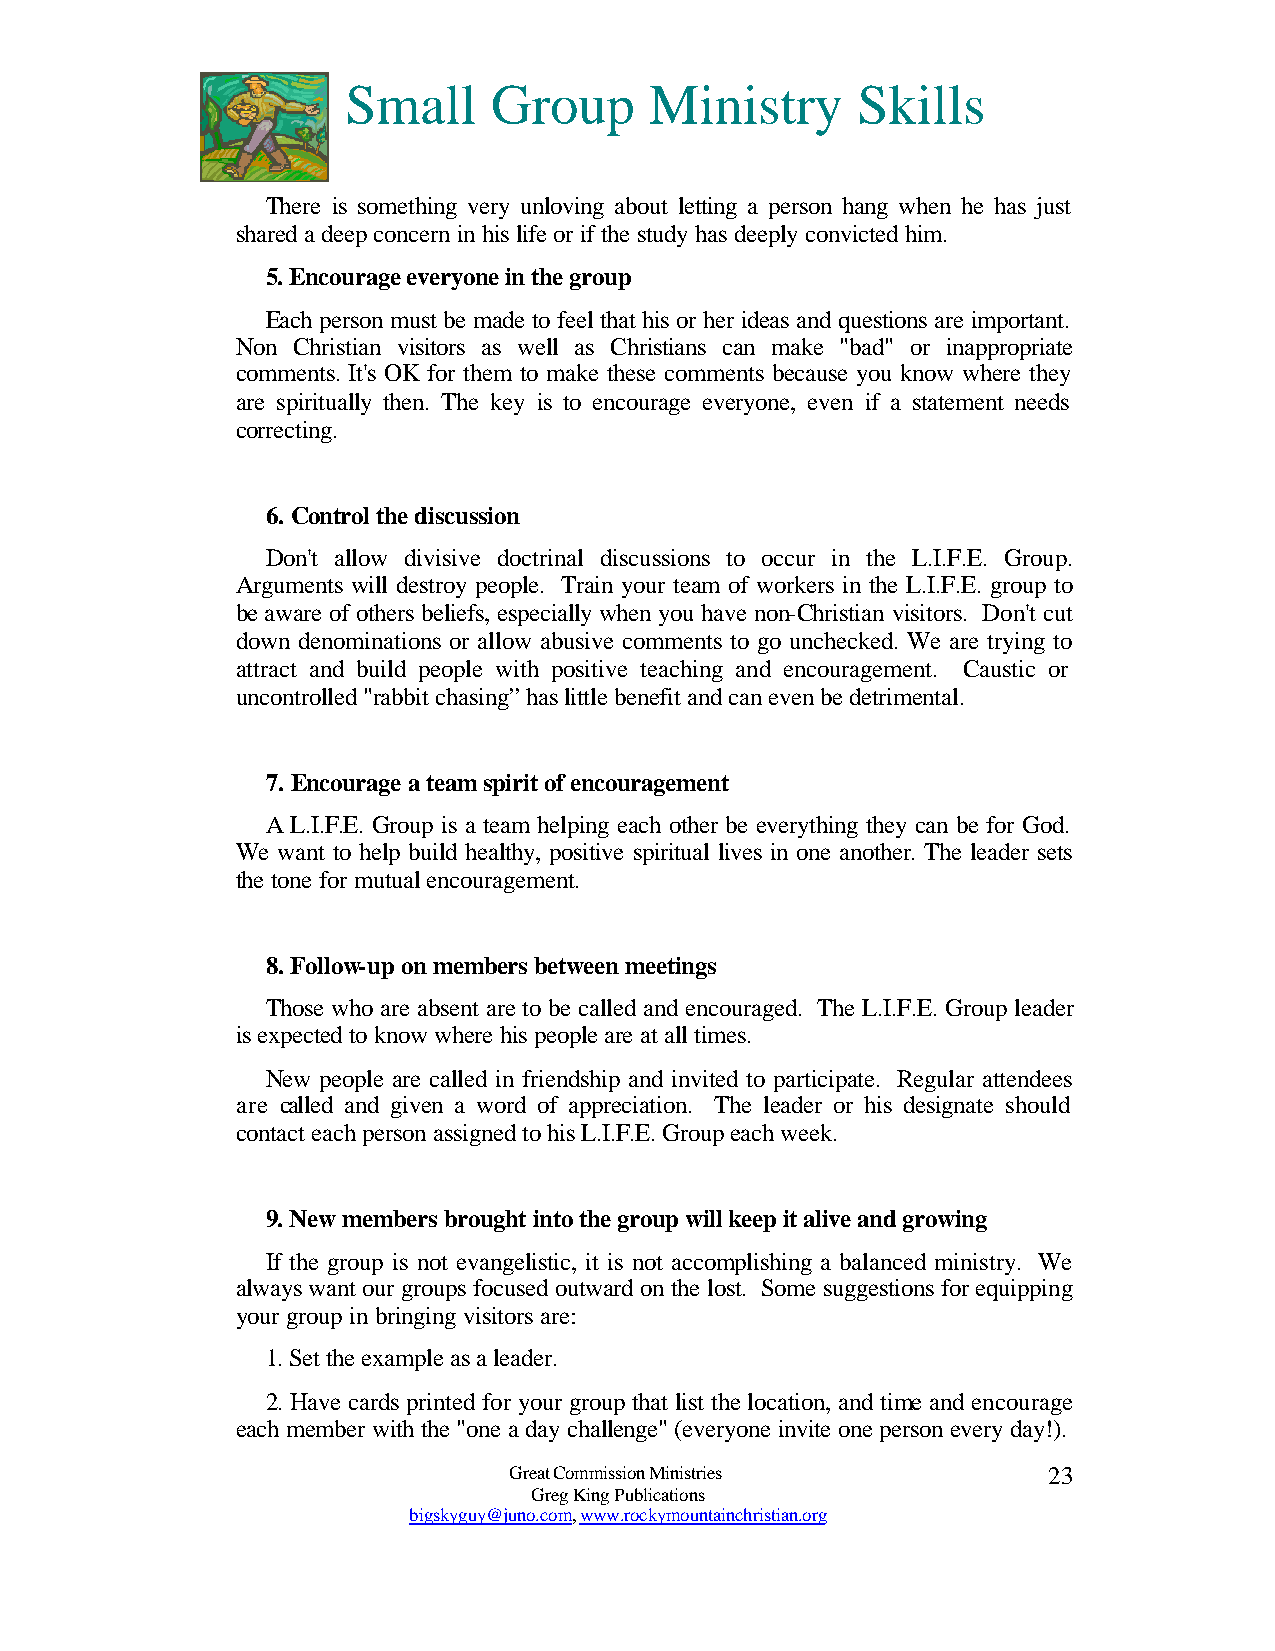
Small     Group     Ministry      Skills
 There is something very unloving about letting a person hang when he has just
 shared a deep concern in his life or if the study has deeply convicted him.
 5. Encourage everyone in the group
 Each person must be made to feel that his or her ideas and questions are important.
 Non Christian visitors as well as Christians can make "bad" or inappropriate
 comments. It's OK for them to make these comments because you know where they
 are spiritually then. The key is to encourage everyone, even if a statement needs
 correcting.
 6. Control the discussion
 Don't allow divisive doctrinal discussions to occur in the L.I.F.E. Group.
 Arguments will destroy people. Train your team of workers in the L.I.F.E. group to
 be aware of others beliefs, especially when you have non-Christian visitors. Don't cut
 down denominations or allow abusive comments to go unchecked. We are trying to
 attract and build people with positive teaching and encouragement. Caustic or
 uncontrolled "rabbit chasing” has little benefit and can even be detrimental.
 7. Encourage a team spirit of encouragement
 A L.I.F.E. Group is a team helping each other be everything they can be for God.
 We want to help build healthy, positive spiritual lives in one another. The leader sets
 the tone for mutual encouragement.
 8. Follow-up on members between meetings
 Those who are absent are to be called and encouraged. The L.I.F.E. Group leader
 is expected to know where his people are at all times.
 New people are called in friendship and invited to participate. Regular attendees
 are called and given a word of appreciation. The leader or his designate should
 contact each person assigned to his L.I.F.E. Group each week.
 9. New members brought into the group will keep it alive and growing
 If the group is not evangelistic, it is not accomplishing a balanced ministry. We
 always want our groups focused outward on the lost. Some suggestions for equipping
 your group in bringing visitors are:
 1. Set the example as a leader.
 2. Have cards printed for your group that list the location, and time and encourage
 each member with the "one a day challenge" (everyone invite one person every day!).
 Great Commission Ministries        23
 Greg King Publications
 bigskyguy@juno.com, www.rockymountainchristian.org